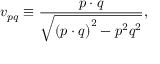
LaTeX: v _ { p q } \equiv \frac { p \cdot q } { \sqrt { \left( p \cdot q \right) ^ { 2 } - p ^ { 2 } q ^ { 2 } } } ,